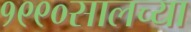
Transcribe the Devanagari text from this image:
१९९०सालच्या